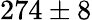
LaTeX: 274\pm 8